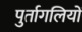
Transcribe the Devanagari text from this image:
पुर्तागलियों